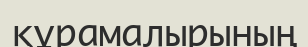
құрамалырының